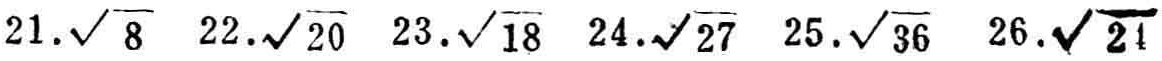
$21.\sqrt{8} \ 22.\sqrt{20} \ 23.\sqrt{18} \ 24.\sqrt{27} \ 25.\sqrt{36} \ 26.\sqrt{24}$